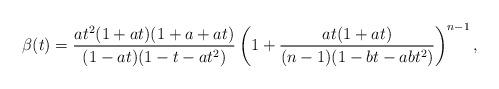
LaTeX: \begin{align*} \beta(t) = \frac{a t^2 (1 + a t) (1 + a + a t)}{(1 - a t) (1 - t - a t^2)} \left (1 + \frac{a t (1+ a t)}{(n - 1) (1 - b t - a b t^2)} \right )^{n - 1},\end{align*}